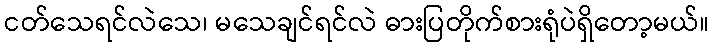
ငတ်သေရင်လဲသေ၊ မသေချင်ရင်လဲ ဓားပြတိုက်စားရုံပဲရှိတော့မယ်။